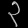
Digit: ၃